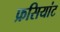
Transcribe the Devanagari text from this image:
फ्रसियांट